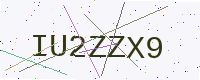
Text: IU2ZZX9